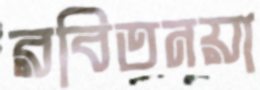
রবিতনয়া